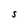
Character: S